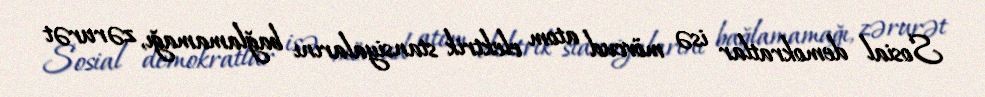
Sosial demokratlar isə mövcud atom elektrik stansiyalarını bağlamamağı, zərurət